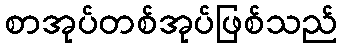
စာအုပ်တစ်အုပ်ဖြစ်သည်